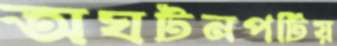
অঘটনপটিয়